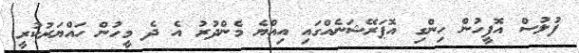
ފުލުސް އޮފީހުން ހިންގި އޮޕަރޭޝަނެއްގައި އިއްޔެ މެންދުރު އެ ދެ މީހުން ހައްޔަރުކުރީ